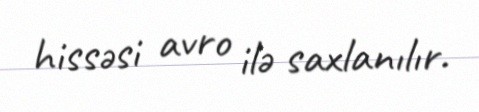
hissəsi avro ilə saxlanılır.